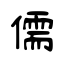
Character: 儒